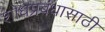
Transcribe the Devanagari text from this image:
शोधप्रबंधासाठी